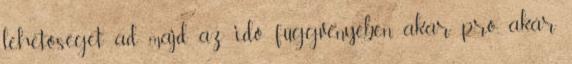
lehetőséget ad majd az idő függvényében, akár pro, akár